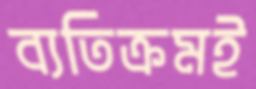
ব্যতিক্রমই